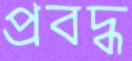
প্রবদ্ধ